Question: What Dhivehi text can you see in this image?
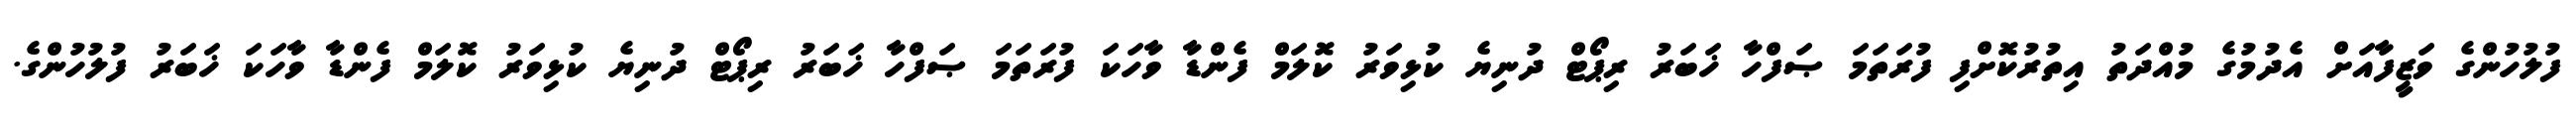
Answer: ފުލުހުންގެ ވަޒީފާއަށް އެދުމުގެ މުއްދަތު އިތުރުކޮށްފި ފުރަތަމަ ޞަފްހާ ޚަބަރު ރިޕޯޓް ދުނިޔެ ކުޅިވަރު ކޮލަމް ފެންޑާ ވާހަކަ ފުރަތަމަ ޞަފްހާ ޚަބަރު ރިޕޯޓް ދުނިޔެ ކުޅިވަރު ކޮލަމް ފެންޑާ ވާހަކަ ޚަބަރު ފުލުހުންގެ.